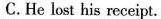
C.He lost his receipt.